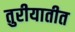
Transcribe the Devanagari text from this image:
तुरीयातीत